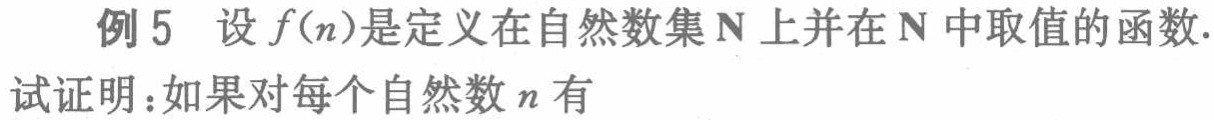
例5 设\(f(n)\)是定义在自然数集\(\mathbb{N}\)上并在\(\mathbb{N}\)中取值的函数.
试证明：如果对每个自然数\(n\)有